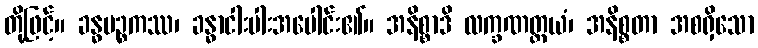
တို့ဖြင့်။ ခန္ဓပဉ္စကဿ၊ ခန္ဓာငါးပါးအပေါင်း၏။ အနိစ္စာဒိ လက္ခဏတ္တယံ၊ အနိစ္စတာ အစရှိသော